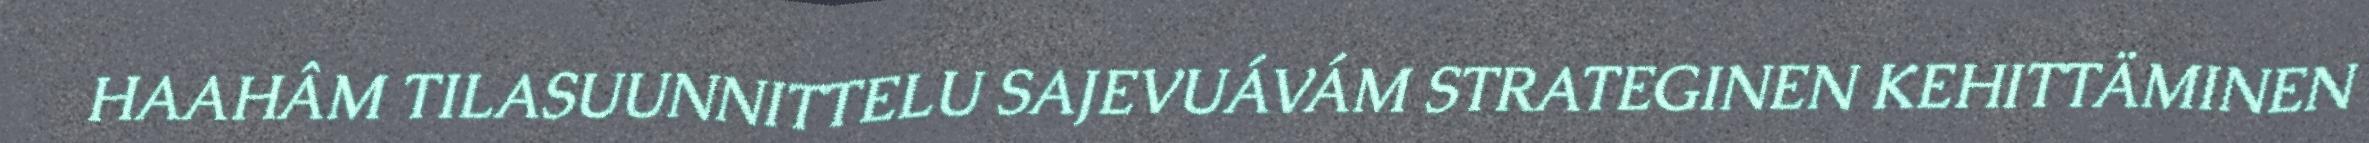
HAAHÂM TILASUUNNITTELU SAJEVUÁVÁM STRATEGINEN KEHITTÄMINEN